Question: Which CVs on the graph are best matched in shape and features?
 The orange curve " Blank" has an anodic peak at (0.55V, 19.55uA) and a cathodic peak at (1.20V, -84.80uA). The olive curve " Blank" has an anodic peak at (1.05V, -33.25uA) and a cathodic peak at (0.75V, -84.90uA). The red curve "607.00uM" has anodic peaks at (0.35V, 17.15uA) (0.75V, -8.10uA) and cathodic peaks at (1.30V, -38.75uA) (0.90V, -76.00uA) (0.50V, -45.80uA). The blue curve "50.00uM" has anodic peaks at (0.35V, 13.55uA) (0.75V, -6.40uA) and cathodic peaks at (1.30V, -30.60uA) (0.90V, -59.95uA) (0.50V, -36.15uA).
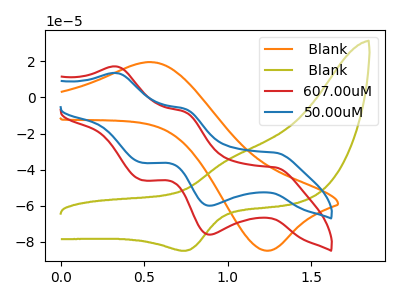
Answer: <think>" Blank" and " Blank" have at least one peak that do not match. " Blank" and "607.00uM" have a different number of peaks. " Blank" and "50.00uM" have a different number of peaks. " Blank" and "607.00uM" have a different number of peaks. " Blank" and "50.00uM" have a different number of peaks. All the peaks in "607.00uM" have a peak in "50.00uM" at the same potential.
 </think>
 <answer>"607.00uM" and "50.00uM" have the same shape and are likely CV's of the same chemical.</answer>
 <eval>"607.00uM" "50.00uM"</eval>